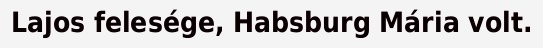
Lajos felesége, Habsburg Mária volt.